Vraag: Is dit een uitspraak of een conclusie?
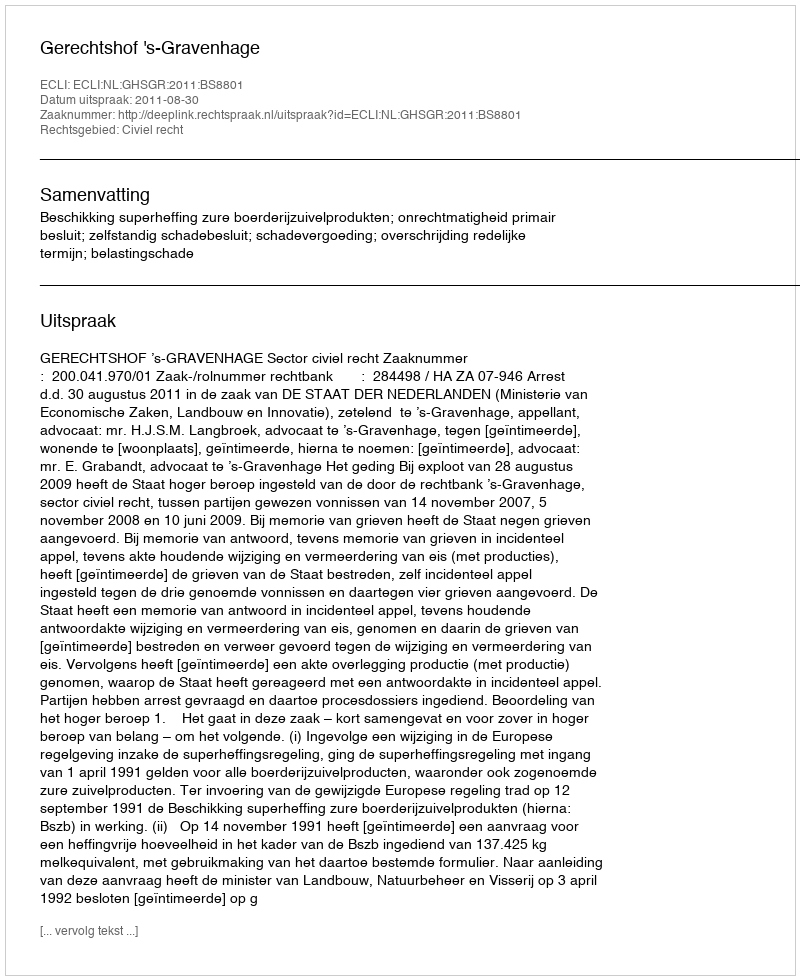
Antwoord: Uitspraak